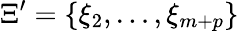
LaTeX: \Xi^{\prime}=\{ \xi_{2},\ldots,\xi_{m+p}\}